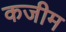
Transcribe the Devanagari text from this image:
कजीम